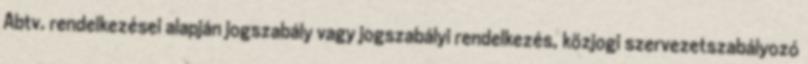
Abtv. rendelkezései alapján jogszabály vagy jogszabályi rendelkezés, közjogi szervezetszabályozó